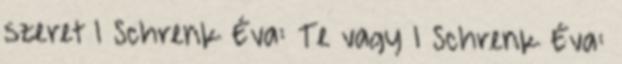
szeret 1 Schrenk Éva: Te vagy 1 Schrenk Éva: